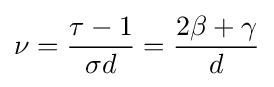
\nu ={\frac {\tau -1}{\sigma d}}={\frac {2\beta +\gamma }{d}}\,\!